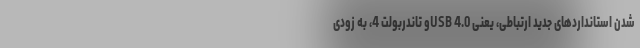
شدن استانداردهای جدید ارتباطی، یعنی USB 4.0و تاندربولت 4، به زودی